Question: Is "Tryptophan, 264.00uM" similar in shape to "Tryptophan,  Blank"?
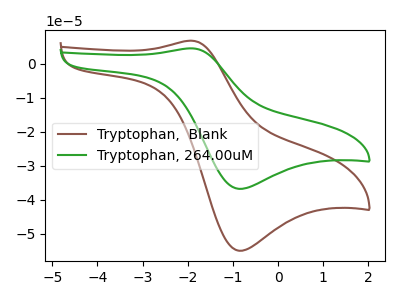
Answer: <think>The brown curve "Tryptophan,  Blank" has an anodic peak at (-1.95V, 6.80uA) and a cathodic peak at (-0.90V, -54.95uA). The green curve "Tryptophan, 264.00uM" has an anodic peak at (-1.95V, 4.55uA) and a cathodic peak at (-0.90V, -36.75uA).
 All the peaks in "Tryptophan, 264.00uM" have a peak in "Tryptophan,  Blank" at the same potential. Every peak in "Tryptophan, 264.00uM" is lower than every peak in "Tryptophan,  Blank".</think>
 <answer>"Tryptophan, 264.00uM" and "Tryptophan,  Blank" are similar in shape.</answer>
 <eval>same_shape</eval>